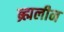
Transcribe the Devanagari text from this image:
ब्र्ह्मलीन